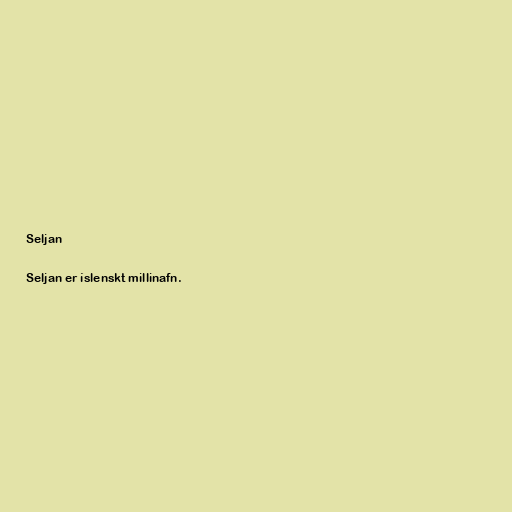
Seljan

Seljan er íslenskt millinafn.